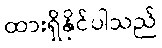
ထားရှိနိုင်ပါသည်